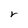
Character: r